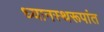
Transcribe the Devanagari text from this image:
ध्यानस्थरूपांत